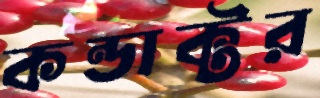
কন্ডাক্টর